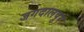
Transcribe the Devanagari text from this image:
जगदालपुर